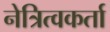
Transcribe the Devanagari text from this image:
नेत्रित्वकर्ता